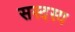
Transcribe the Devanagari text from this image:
सस्दस्य